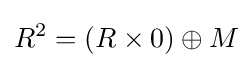
R^{2}=(R\times 0)\oplus M